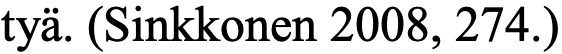
tyä. (Sinkkonen 2008, 274.)